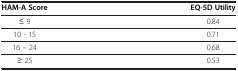
| HAM-A Score | EQ-5D Utility |
 | --- | --- |
 | ≤ 9 | 0.84 |
 | 10 - 15 | 0.71 |
 | 16 – 24 | 0.68 |
 | ≥ 25 | 0.53 |